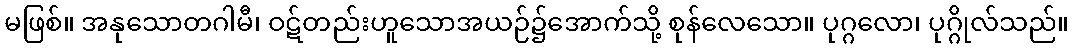
မဖြစ်။ အနုသောတဂါမီ၊ ဝဋ်တည်းဟူသောအယဉ်၌အောက်သို့ စုန်လေသော။ ပုဂ္ဂလော၊ ပုဂ္ဂိုလ်သည်။